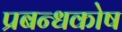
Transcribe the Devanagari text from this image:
प्रबन्धकोष